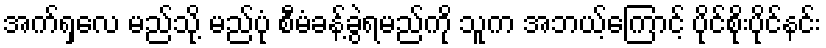
အက်ရှလေ မည်သို့ မည်ပုံ စီမံခန့်ခွဲရမည်ကို သူက အဘယ့်ကြောင့် ပိုင်စိုးပိုင်နင်း